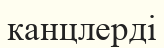
канцлерді